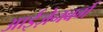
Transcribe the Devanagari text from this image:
आईज़ेनबर्ग